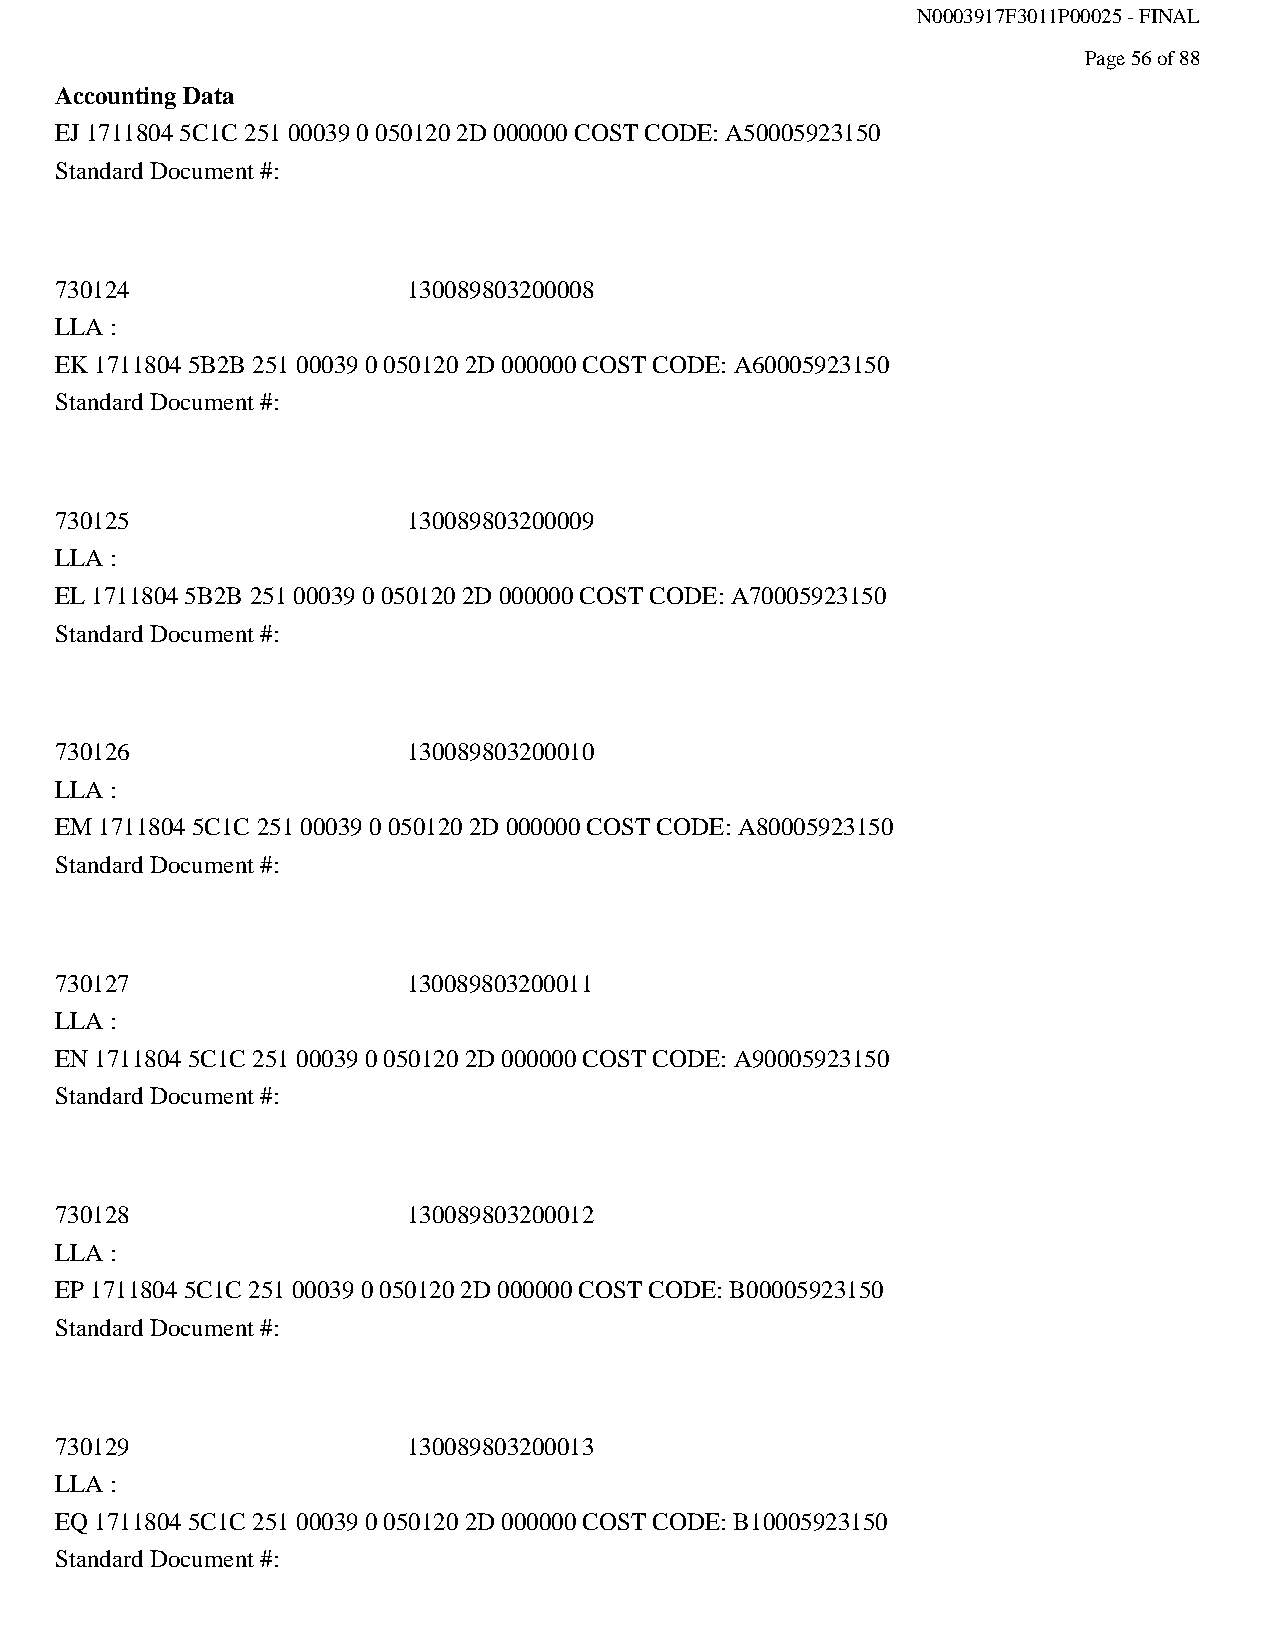
N0003917F3011P00025 - FINAL
 Page 56 of 88
 Accounting Data
 EJ 1711804 5C1C 251 00039 0 050120 2D 000000 COST CODE: A50005923150
 Standard Document #:
 730124                 130089803200008
 LLA :
 EK 1711804 5B2B 251 00039 0 050120 2D 000000 COST CODE: A60005923150
 Standard Document #:
 730125                 130089803200009
 LLA :
 EL 1711804 5B2B 251 00039 0 050120 2D 000000 COST CODE: A70005923150
 Standard Document #:
 730126                 130089803200010
 LLA :
 EM 1711804 5C1C 251 00039 0 050120 2D 000000 COST CODE: A80005923150
 Standard Document #:
 730127                 130089803200011
 LLA :
 EN 1711804 5C1C 251 00039 0 050120 2D 000000 COST CODE: A90005923150
 Standard Document #:
 730128                 130089803200012
 LLA :
 EP 1711804 5C1C 251 00039 0 050120 2D 000000 COST CODE: B00005923150
 Standard Document #:
 730129                 130089803200013
 LLA :
 EQ 1711804 5C1C 251 00039 0 050120 2D 000000 COST CODE: B10005923150
 Standard Document #: